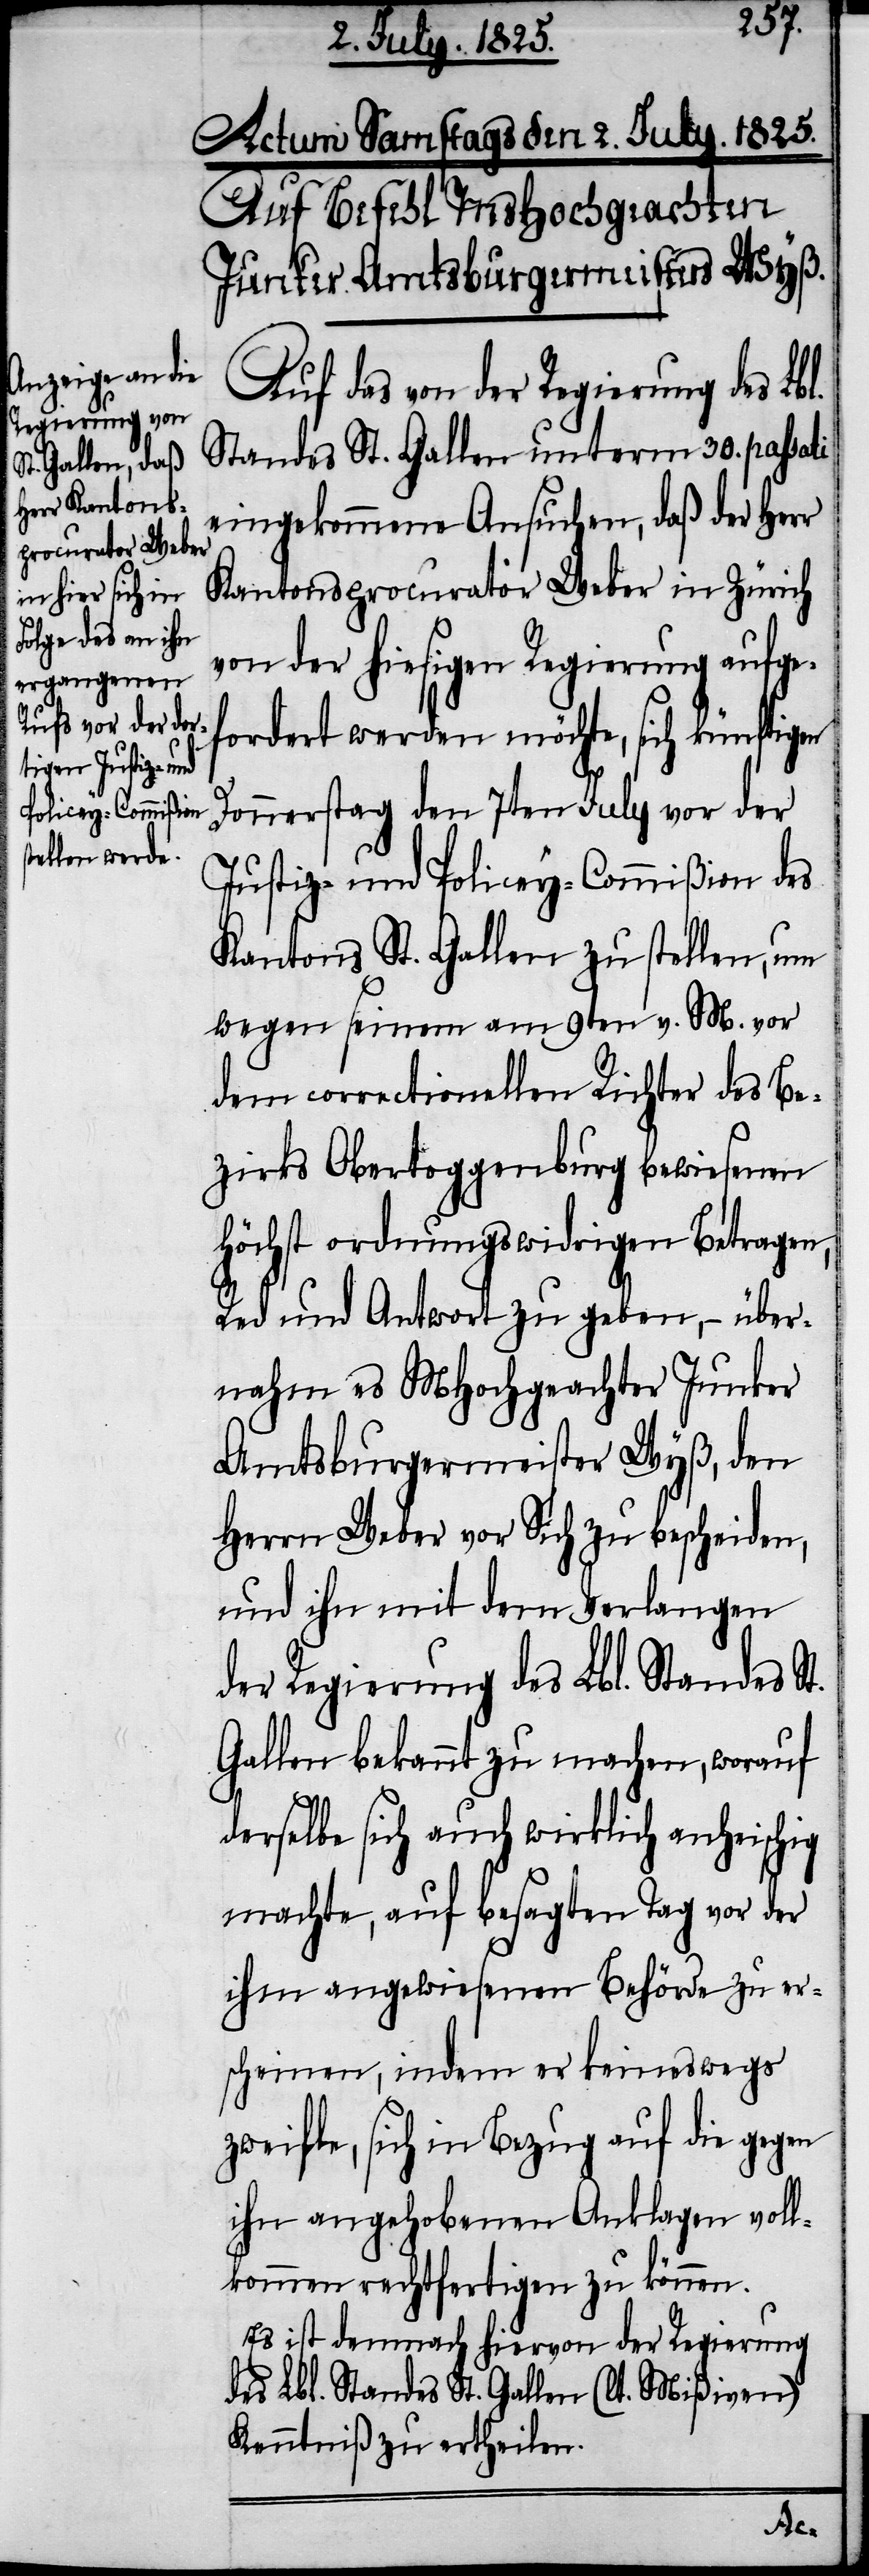
Actum Samstags den 2. July. 1825.
Auf Befehl MsHochgeachten
Junker Amtsburgermeister Wyß.
Auf das von der Regierung des Lbl.
Standes St. Gallen unterm 30. passati
eingekommene Ansuchen, daß der Herr
Kantonsprocurator Weber in Zürich
von der hiesigen Regierung aufge¬
fordert werden möchte, sich künftigen
Donnerstag den 7ten July vor der
Justiz- und Policey-Commißion des
Kantons St. Gallen zu stellen, um
wegen seinem am 9ten v. M. vor
dem correctionellen Richter des Be¬
zirks Obertoggenburg bewiesenen
höchst ordnungswidrigen Betragen,
Red und Antwort zu geben, – über¬
nahm es MHochgeachter Junker
Amtsburgermeister Wyß, den
Herrn Weber vor Sich zu bescheiden,
um ihn dem Verlangen
der Regierung des Lbl. Standes St.
Gallen bekannt zu machen, worauf
derselbe sich auch wirklich anheischig
machte, auf besagten Tag vor der
ihm angewiesenen Behörde zu er¬
scheinen, indem er keineswegs
zweifle, sich in Bezug auf die gegen
ihn angehobenen Anklagen voll¬
kommen rechtfertigen zu können.
Es ist demnach hiervon der Regierung
des Lbl. Standes St. Gallen (lt. Mißiven)
Kenntniß zu ertheilen.